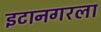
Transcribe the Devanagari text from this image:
इटानगरला